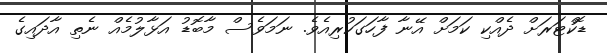
ޑޮކްޓަރަށް ދެއްކި ކަމަށް އޭނާ ފާހަގަކުރިއެވެ. ނަމަވެސް މާބޮޑު އަޅާލުމެއް ނެތި އާދައިގެ